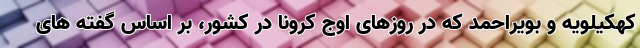
کهکیلویه و بویراحمد که در روزهای اوج کرونا در کشور، بر اساس گفته های